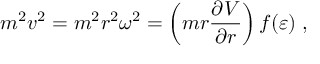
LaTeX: m ^ { 2 } v ^ { 2 } = m ^ { 2 } r ^ { 2 } \omega ^ { 2 } = \left( m r \frac { \partial V } { \partial r } \right) f ( \varepsilon ) \; ,